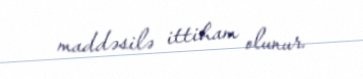
maddəsilə ittiham olunur.